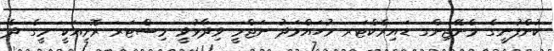
ކުންފުނީގެ މެނޭޖިންގ ޑައިރެކްޓަރ މުހައްމަދު ނަޖްމީ ވިދާޅުވީ މިސްޓަރ ރޮށިއަކީ މީގެ ދެ